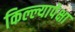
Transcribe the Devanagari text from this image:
किल्ल्यापेक्षा